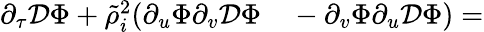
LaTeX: \begin{array}{rl}{\partial_{\tau}\mathcal{D}\Phi+\tilde{\rho}_{i}^{2}(\partial_{u}\Phi\partial_{v}\mathcal{D}\Phi}&{{}-\partial_{v}\Phi\partial_{u}\mathcal{D}\Phi)=}\end{array}